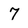
Character: 7